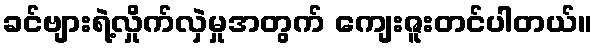
ခင်ဗျားရဲ့လှိုက်လှဲမှုအတွက် ကျေးဇူးတင်ပါတယ်။